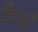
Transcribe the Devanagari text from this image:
कैधौ